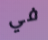
في